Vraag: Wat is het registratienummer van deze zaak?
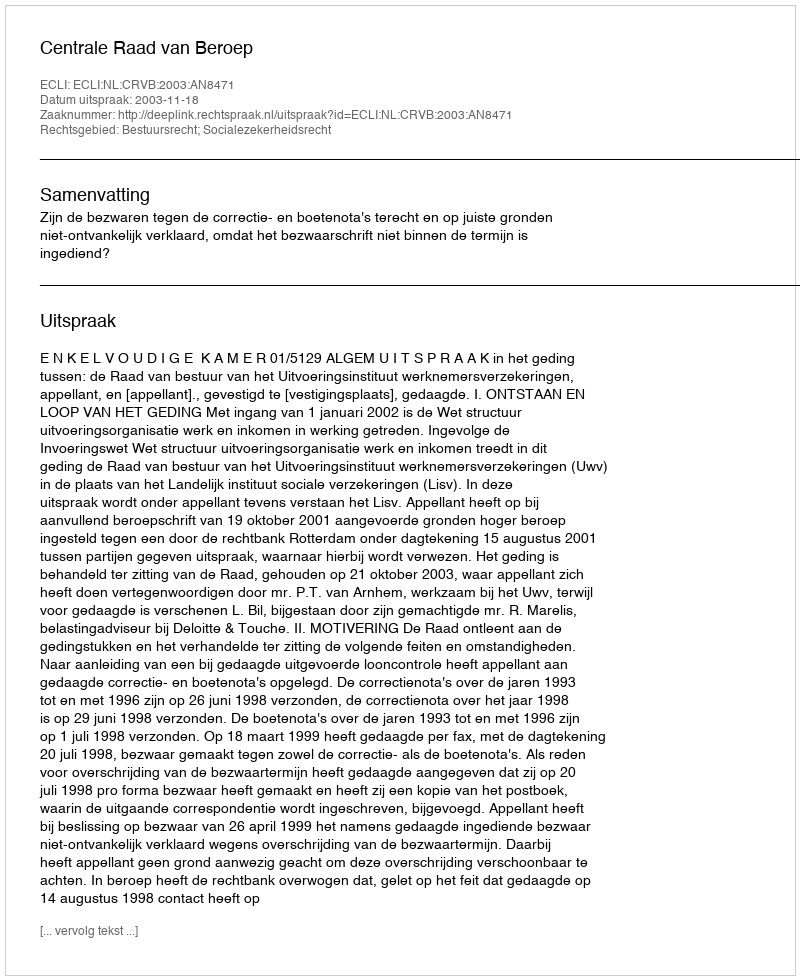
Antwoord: http://deeplink.rechtspraak.nl/uitspraak?id=ECLI:NL:CRVB:2003:AN8471